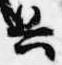
興